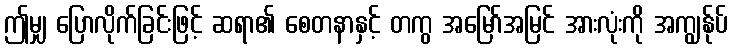
ဤမျှ ပြောလိုက်ခြင်းဖြင့် ဆရာ၏ စေတနာနှင့် တကွ အမြော်အမြင် အားလုံးကို အကျွန်ုပ်